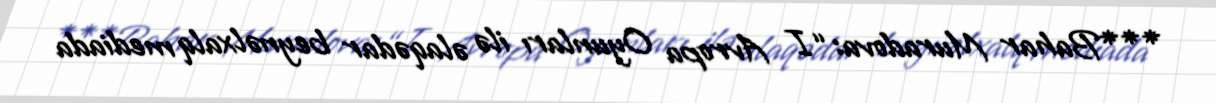
***Bahar Muradova: “I Avropa Oyunları ilə əlaqədar beynəlxalq mediada